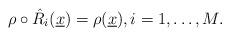
LaTeX: \begin{align*} &\rho \circ \hat R_i (\underline{x})= \rho (\underline{x}), i=1,\ldots,M.\end{align*}